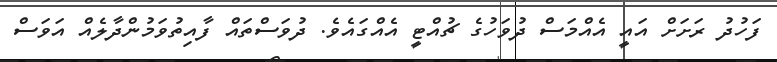
ފަހުދު ރަށަށް އައީ އެއްމަސް ދުވަހުގެ ޗުއްޓީ އެއްގައެވެ. ދުވަސްތައް ފާއިތުވަމުންދާލެއް އަވަސް